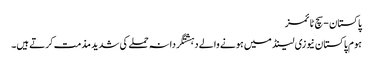
پاکستان - سچ ٹائمز
ہوم پاکستان نیوزی لینڈ میں ہونے والے دہشتگردانہ حملے کی شدید مذمت کرتے ہیں۔